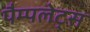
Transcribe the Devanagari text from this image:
पैम्पलेट्स